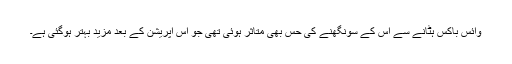
وائس باکس ہٹانے سے اس کے سونگھنے کی حس بھی متاثر ہوئی تھی جو اس آپریشن کے بعد مزید بہتر ہوگئی ہے۔